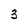
Character: 3